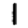
Digit: 1